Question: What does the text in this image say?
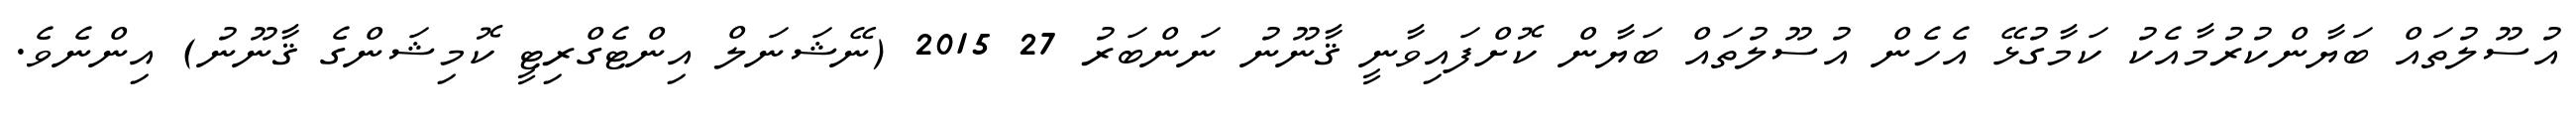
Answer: އުސޫލުތައް ބަޔާންކުރުމާއެކު ކަމާގުޅޭ އެހެން އުސޫލުތައް ބަޔާން ކޮށްފައިވާނީ ޤާނޫނު ނަންބަރު 27 2015 (ނޭޝަނަލް އިންޓެގްރިޓީ ކޮމިޝަންގެ ޤާނޫނު) އިންނެވެ.